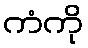
ကံကို